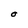
Character: O